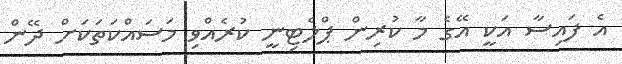
އެ ފައިސާ އަކީ އޭގެ މާ ކުރިން ޕްލެޓިނީ ކުރެއްވި މަސައްކަތަކަށް ދޭން